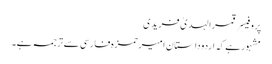
پروفیسر قمرالہدیٰ فریدی
مشہورہے کہ اردوداستانِ امیرحمزہ فارسی سے ترجمہ ہے۔